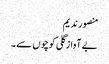
منصور ندیم
بے آواز گلی کوچوں سے ۔